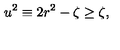
u ^ { 2 } \equiv 2 r ^ { 2 } - \zeta \geq \zeta ,